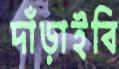
দাঁড়াইবি